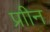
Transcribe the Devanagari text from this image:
प्राीन